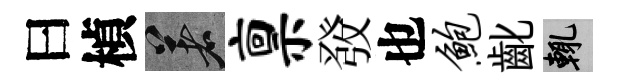
曰楨著禀𤼲也鲍齔輒